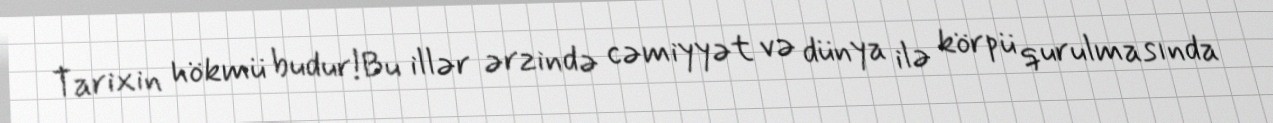
Tarixin hökmü budur!Bu illər ərzində cəmiyyət və dünya ilə körpü qurulmasında